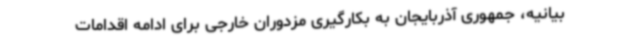
بیانیه، جمهوری آذربایجان به بکارگیری مزدوران خارجی برای ادامه اقدامات